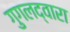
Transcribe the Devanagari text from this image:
गुगलद्वारा